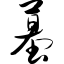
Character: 墓